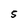
Character: S